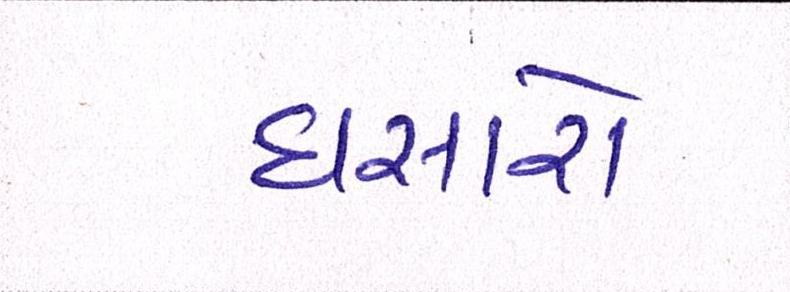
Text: ઘસારો